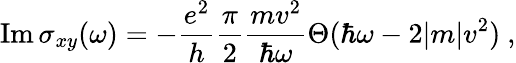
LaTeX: \mathrm{Im}\, \sigma_{xy}(\omega)=-\frac{e^{2}}{h}\frac{\pi}{2}\frac{mv^{2}}{\hbar\omega}\Theta(\hbar\omega-2|m|v^{2})\ ,